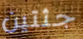
جثتين